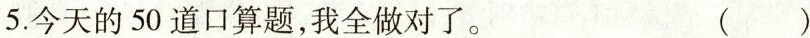
5.今天的50\underset{·}{道}口算题，我全做对了。 ( )